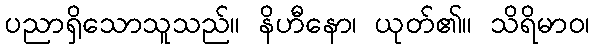
ပညာရှိသောသူသည်။ နိဟီနော၊ ယုတ်၏။ သိရိမာဝ၊